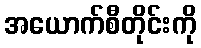
အယောက်စီတိုင်းကို